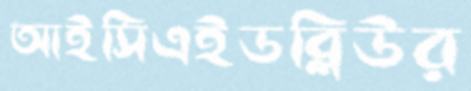
আইসিএইডব্লিউর